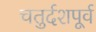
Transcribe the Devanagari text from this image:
चतुर्दशपूर्व